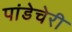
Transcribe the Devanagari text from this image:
पांडेचेरी